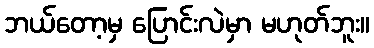
ဘယ်တော့မှ ပြောင်းလဲမှာ မဟုတ်ဘူး။